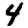
Digit: 4